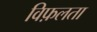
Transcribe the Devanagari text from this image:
विफ़लता